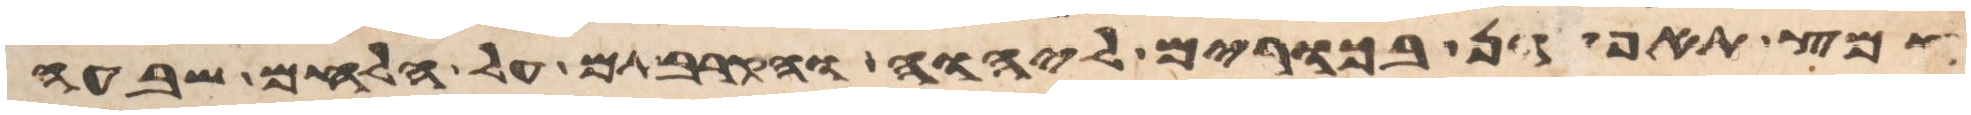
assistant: חמץ תאפינה בכורים ליהוה והקרבתם על הלחם שבעה